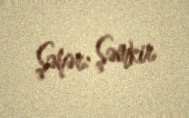
Şəhər: Şəmkir